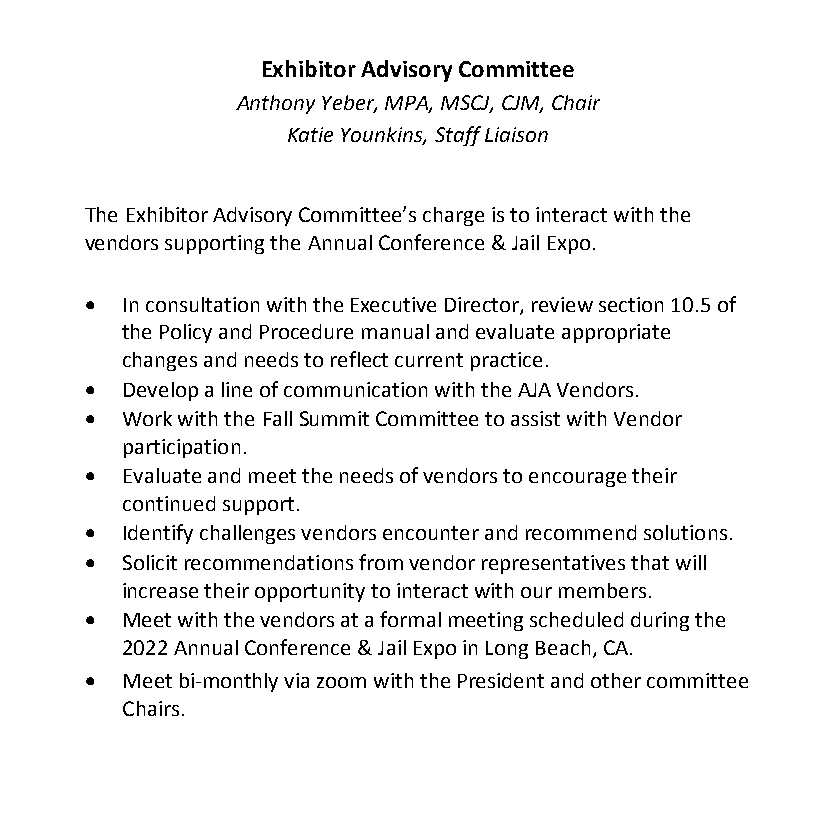
Exhibitor Advisory Committee
 Anthony Yeber, MPA, MSCJ, CJM, Chair
 Katie Younkins, Staff Liaison
 The Exhibitor Advisory Committee’s charge is to interact with the
 vendors supporting the Annual Conference & Jail Expo.
 • In consultation with the Executive Director, review section 10.5 of
 the Policy and Procedure manual and evaluate appropriate
 changes and needs to reflect current practice.
 • Develop a line of communication with the AJA Vendors.
 • Work with the Fall Summit Committee to assist with Vendor
 participation.
 • Evaluate and meet the needs of vendors to encourage their
 continued support.
 • Identify challenges vendors encounter and recommend solutions.
 • Solicit recommendations from vendor representatives that will
 increase their opportunity to interact with our members.
 • Meet with the vendors at a formal meeting scheduled during the
 2022 Annual Conference & Jail Expo in Long Beach, CA.
 • Meet bi-monthly via zoom with the President and other committee
 Chairs.